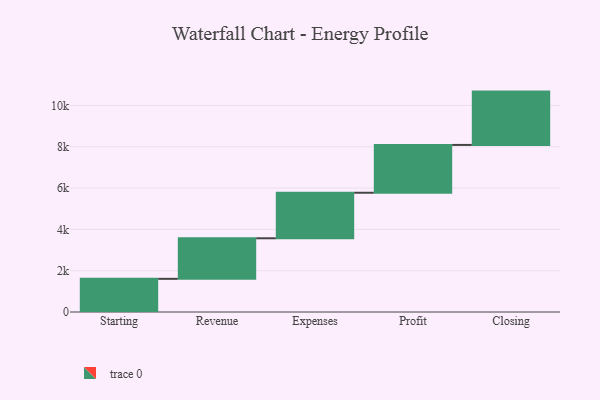
{"axis": {"x": "Step", "y": "Value"}, "legend": [""], "data": [{"x": "Starting", "y": 1606.0, "type": ""}, {"x": "Revenue", "y": 1963.0, "type": ""}, {"x": "Expenses", "y": 2204.0, "type": ""}, {"x": "Profit", "y": 2315.0, "type": ""}, {"x": "Closing", "y": 2582.0, "type": ""}]}